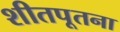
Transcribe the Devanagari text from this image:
शीतपूतना